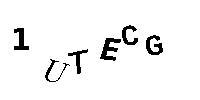
1UTECG